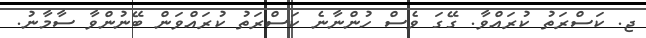
ޖ. ކަސްރަތު ކުރައްވާ. ގޭގަ ވެސް ހުންނާނެ ކަސްރަތު ކުރައްވަން ބޭނުންވާ ސާމާނު.